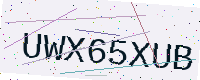
Text: UWX65XUB